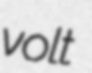
volt